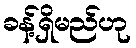
ခန့်ရှိမည်ဟု